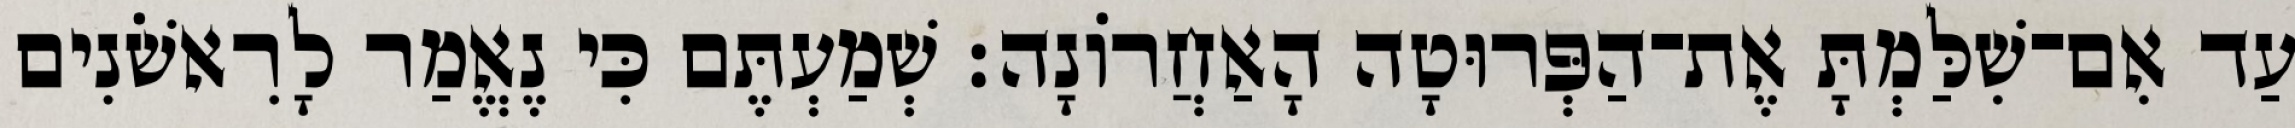
עַד אִם־שִׁלַּמְתָּ אֶת־הַפְּרוּטָה הָאַחֲרוֹנָה׃ שְׁמַעְתֶּם כִּי נֶאֱמַר לָרִאשֹׁנִים